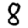
Digit: 8